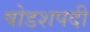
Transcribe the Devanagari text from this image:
षोडशपदी